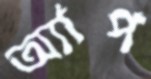
অ্যাপ